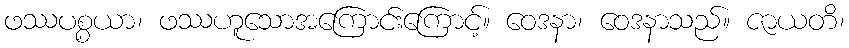
ဖဿပစ္စယာ၊ ဖဿဟူသောအကြောင်းကြောင့်။ ဝေဒနာ၊ ဝေဒနာသည်။ ဇာယတိ၊